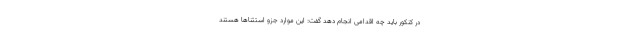
در کنکور باید چه اقدامی انجام دهد گفت: این موارد جزو استثناها هستند